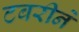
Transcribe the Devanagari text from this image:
टबरीने